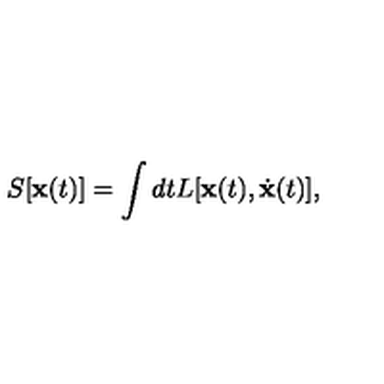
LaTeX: S [ \mathbf { x } ( t ) ] = \int d t L [ \mathbf { x } ( t ) , \dot { \mathbf { x } } ( t ) ] ,